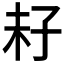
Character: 𡥒